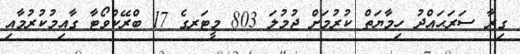
ގިރާ ސަރަޙައްދު ހިމާޔަތް ކުރުމަށް ޖުމުލަ 803 މީޓަރގެ 17 ބްރޭކްވޯޓާ ގާއިމުކުރުމާއި